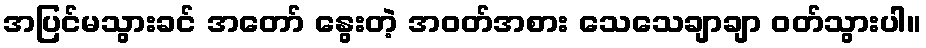
အပြင်မသွားခင် အတော် နွေးတဲ့ အဝတ်အစား သေသေချာချာ ဝတ်သွားပါ။